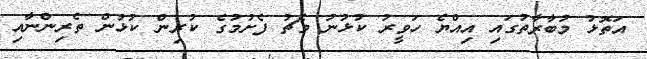
އަތޮޅު މުބާރާތުގައި އިއްޔެ ހަވީރު ކުޅުނު މެޗު ފެށުމުގެ ކުރިން ކުޅުން ތެރިންނާއި